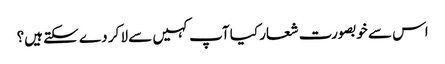
اس سے خوبصورت شعار کیا آپ کہیں سے لا کر دے سکتے ہیں؟